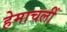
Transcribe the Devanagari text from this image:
हेमाचलीं